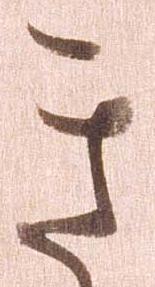
き